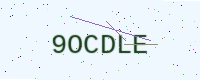
Text: 9OCDLE